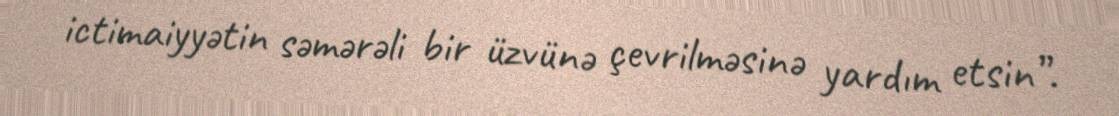
ictimaiyyətin səmərəli bir üzvünə çevrilməsinə yardım etsin”.